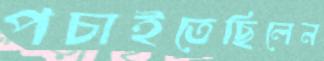
পচাইতেছিলেন